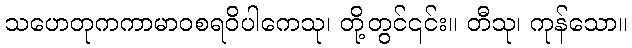
သဟေတုကကာမာဝစရဝိပါကေသု၊ တို့တွင်၎င်း။ တီသု၊ ကုန်သော။